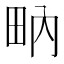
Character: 𤱅